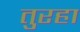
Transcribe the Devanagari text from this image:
तुरहा